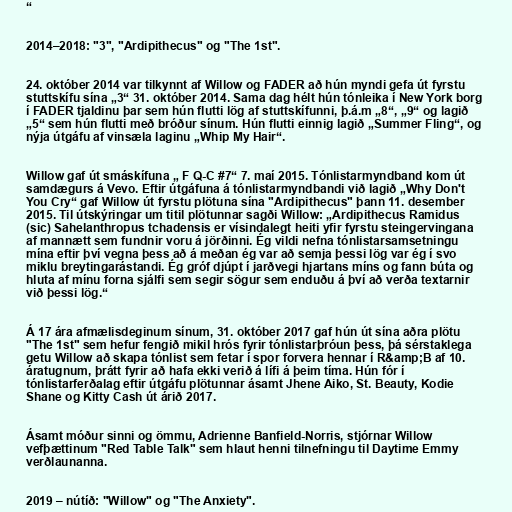
“

2014–2018: "3", "Ardipithecus" og "The 1st".

24. október 2014 var tilkynnt af Willow og FADER að hún myndi gefa út fyrstu
stuttskífu sína „3“ 31. október 2014. Sama dag hélt hún tónleika í New York borg
í FADER tjaldinu þar sem hún flutti lög af stuttskífunni, þ.á.m „8“, „9“ og lagið
„5“ sem hún flutti með bróður sínum. Hún flutti einnig lagið „Summer Fling“, og
nýja útgáfu af vinsæla laginu „Whip My Hair“.

Willow gaf út smáskífuna „ F Q-C #7“ 7. maí 2015. Tónlistarmyndband kom út
samdægurs á Vevo. Eftir útgáfuna á tónlistarmyndbandi við lagið „Why Don't
You Cry“ gaf Willow út fyrstu plötuna sína "Ardipithecus" þann 11. desember
2015. Til útskýringar um titil plötunnar sagði Willow: „Ardipithecus Ramidus
(sic) Sahelanthropus tchadensis er vísindalegt heiti yfir fyrstu steingervingana
af mannætt sem fundnir voru á jörðinni. Ég vildi nefna tónlistarsamsetningu
mína eftir því vegna þess að á meðan ég var að semja þessi lög var ég í svo
miklu breytingarástandi. Ég gróf djúpt í jarðvegi hjartans míns og fann búta og
hluta af mínu forna sjálfi sem segir sögur sem enduðu á því að verða textarnir
við þessi lög.“

Á 17 ára afmælisdeginum sínum, 31. október 2017 gaf hún út sína aðra plötu
"The 1st" sem hefur fengið mikil hrós fyrir tónlistarþróun þess, þá sérstaklega
getu Willow að skapa tónlist sem fetar í spor forvera hennar í R&amp;B af 10.
áratugnum, þrátt fyrir að hafa ekki verið á lífi á þeim tíma. Hún fór í
tónlistarferðalag eftir útgáfu plötunnar ásamt Jhene Aiko, St. Beauty, Kodie
Shane og Kitty Cash út árið 2017.

Ásamt móður sinni og ömmu, Adrienne Banfield-Norris, stjórnar Willow
vefþættinum "Red Table Talk" sem hlaut henni tilnefningu til Daytime Emmy
verðlaunanna.

2019 – nútíð: "Willow" og "The Anxiety".